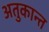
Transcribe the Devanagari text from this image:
अतुकान्त